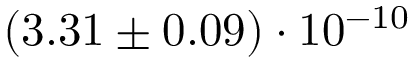
( 3 . 3 1 \pm 0 . 0 9 ) \cdot 1 0 ^ { - 1 0 }